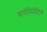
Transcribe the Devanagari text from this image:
बायोमिमेटिक